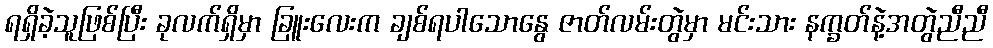
ရရှိခဲ့သူဖြစ်ပြီး ခုလက်ရှိမှာ ခြူးလေးက ချစ်ရပါသောနွေ ဇာတ်လမ်းတွဲမှာ မင်းသား နက္ခတ်နဲ့အတွဲညီညီ